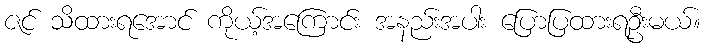
ဇင် သိထားရအောင် ကိုယ့်အကြောင်း အနည်းအပါး ပြောပြထားရဦးမယ်။